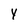
Character: Y